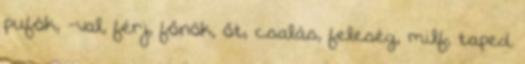
pufók, -val, férj, főnök, őt, csalás, feleség, milf, taped